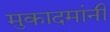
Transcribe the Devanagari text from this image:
मुकादमांनी